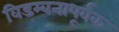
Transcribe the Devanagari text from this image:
विडम्बनापूर्वक